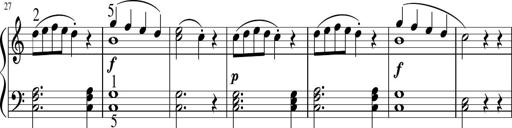
Title: 6 Instructive Sonatinas
Composer: Jacob Schmitt